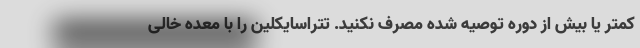
کمتر یا بیش از دوره توصیه شده مصرف نکنید. تتراسایکلین را با معده خالی